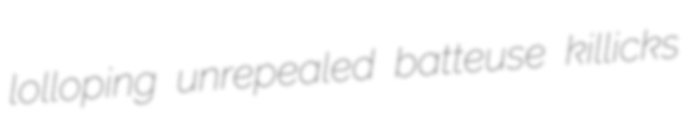
lolloping unrepealed batteuse killicks